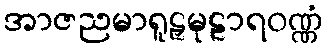
အာဇညမာရူဠှမုဠာရဝဏ္ဏံ